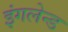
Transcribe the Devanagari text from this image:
इंगलेन्ड